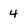
Character: 4